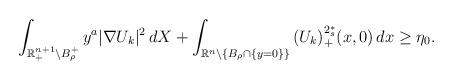
LaTeX: \begin{align*}\int_{\mathbb{R}^{n+1}_+\setminus B_\rho^+}{y^a|\nabla U_k|^2\,dX}+\int_{\mathbb{R}^n\setminus\{B_\rho\cap\{y=0\}\}}{(U_k)_+^{2^*_s}(x,0)\,dx}\geq \eta_0.\end{align*}